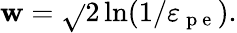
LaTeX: \mathbf{w}=\sqrt{}{{2\ln(1/\varepsilon_{\mathrm{{~p~e~}}})}}.